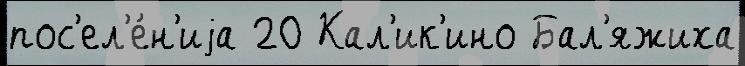
пос'ел'е́н'иjа 20 Кал'ик'ино Бал'яжиха